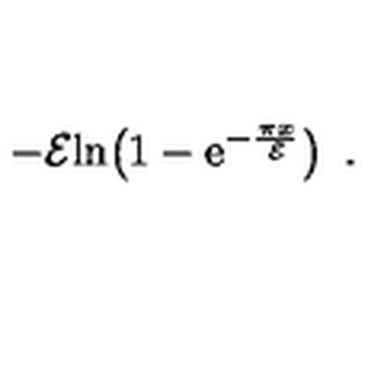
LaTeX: - { \cal E } { \mathrm { l n } } \! \left( 1 - { \mathrm e } ^ { - { \frac { \pi x } { \cal E } } } \right) \ .